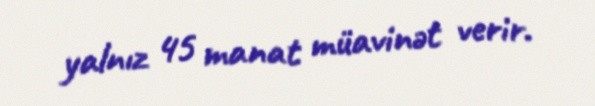
yalnız 45 manat müavinət verir.